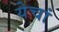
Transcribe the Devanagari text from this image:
येचां